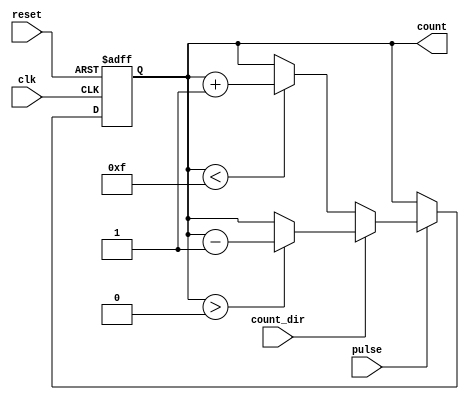
module pulse_counter #(
    parameter N = 4  // Bit width of the counter
)(
    input wire clk,
    input wire reset,
    input wire pulse,
    input wire count_dir,  // 0 for up, 1 for down
    output reg [N-1:0] count
);

    // Internal next count variable
    reg [N-1:0] next_count;

    always @(posedge clk or posedge reset) begin
        if (reset) begin
            count <= 0; // Asynchronous reset
        end else begin
            count <= next_count; // Update count on clock edge
        end
    end

    always @(*) begin
        // Default next count is current count
        next_count = count;

        // Counting logic
        if (pulse) begin
            if (count_dir == 1'b0) begin
                // Count up, check for overflow
                if (count < (2**N - 1)) begin
                    next_count = count + 1;
                end else begin
                    next_count = count; // Saturate at maximum
                end
            end else begin
                // Count down, check for underflow
                if (count > 0) begin
                    next_count = count - 1;
                end else begin
                    next_count = count; // Saturate at minimum (i.e. 0)
                end
            end
        end
    end

endmodule